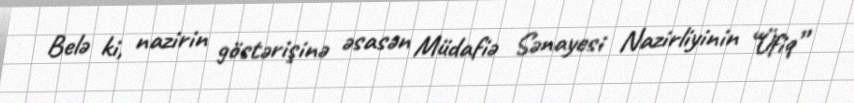
Belə ki, nazirin göstərişinə əsasən Müdafiə Sənayesi Nazirliyinin “Üfiq”